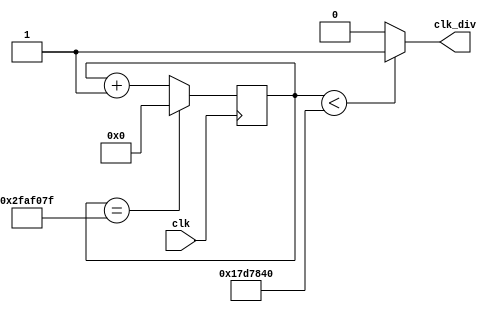
module div_50m(
	clk,
	clk_div
);

input clk;
output clk_div;

reg [31:0] state;
initial state <= 32'b0;

always @ (posedge clk) begin
	state <= state + 32'b1;
	if(state==32'd49999999) state <= 32'b0;		
end

assign clk_div = (state<32'd25000000) ? 1'b1 : 1'b0;

endmodule